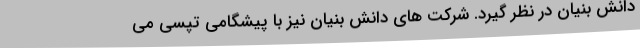
دانش بنیان در نظر گیرد. شرکت های دانش بنیان نیز با پیشگامی تپسی می